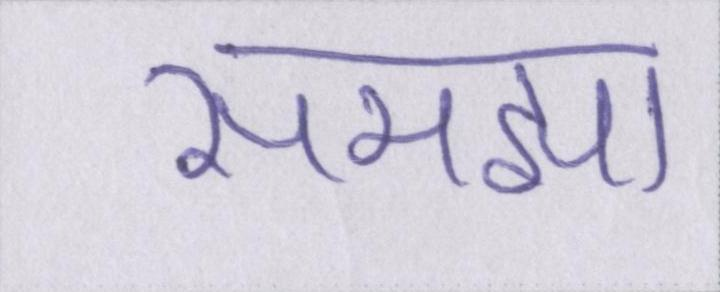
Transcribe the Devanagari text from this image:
समझा